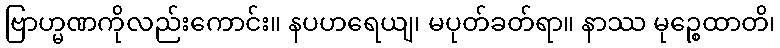
ဗြာဟ္မဏကိုလည်းကောင်း။ နပဟရေယျ၊ မပုတ်ခတ်ရာ။ နာဿ မုဉ္စေထာတိ၊